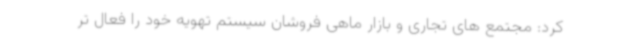
کرد: مجتمع های تجاری و بازار ماهی فروشان سیستم تهویه خود را فعال تر